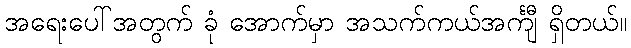
အရေးပေါ်အတွက် ခုံ အောက်မှာ အသက်ကယ်အင်္ကျီ ရှိတယ်။